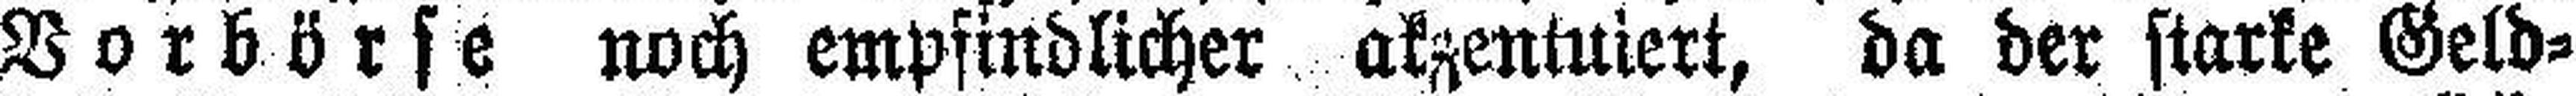
Vorbörse noch empfindlicher akzentuiert, da der starke Geld¬